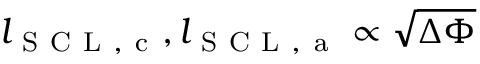
l _ { \mathrm { ~ S ~ C ~ L ~ , ~ c ~ } } , l _ { \mathrm { ~ S ~ C ~ L ~ , ~ a ~ } } \propto \sqrt { \Delta \Phi }